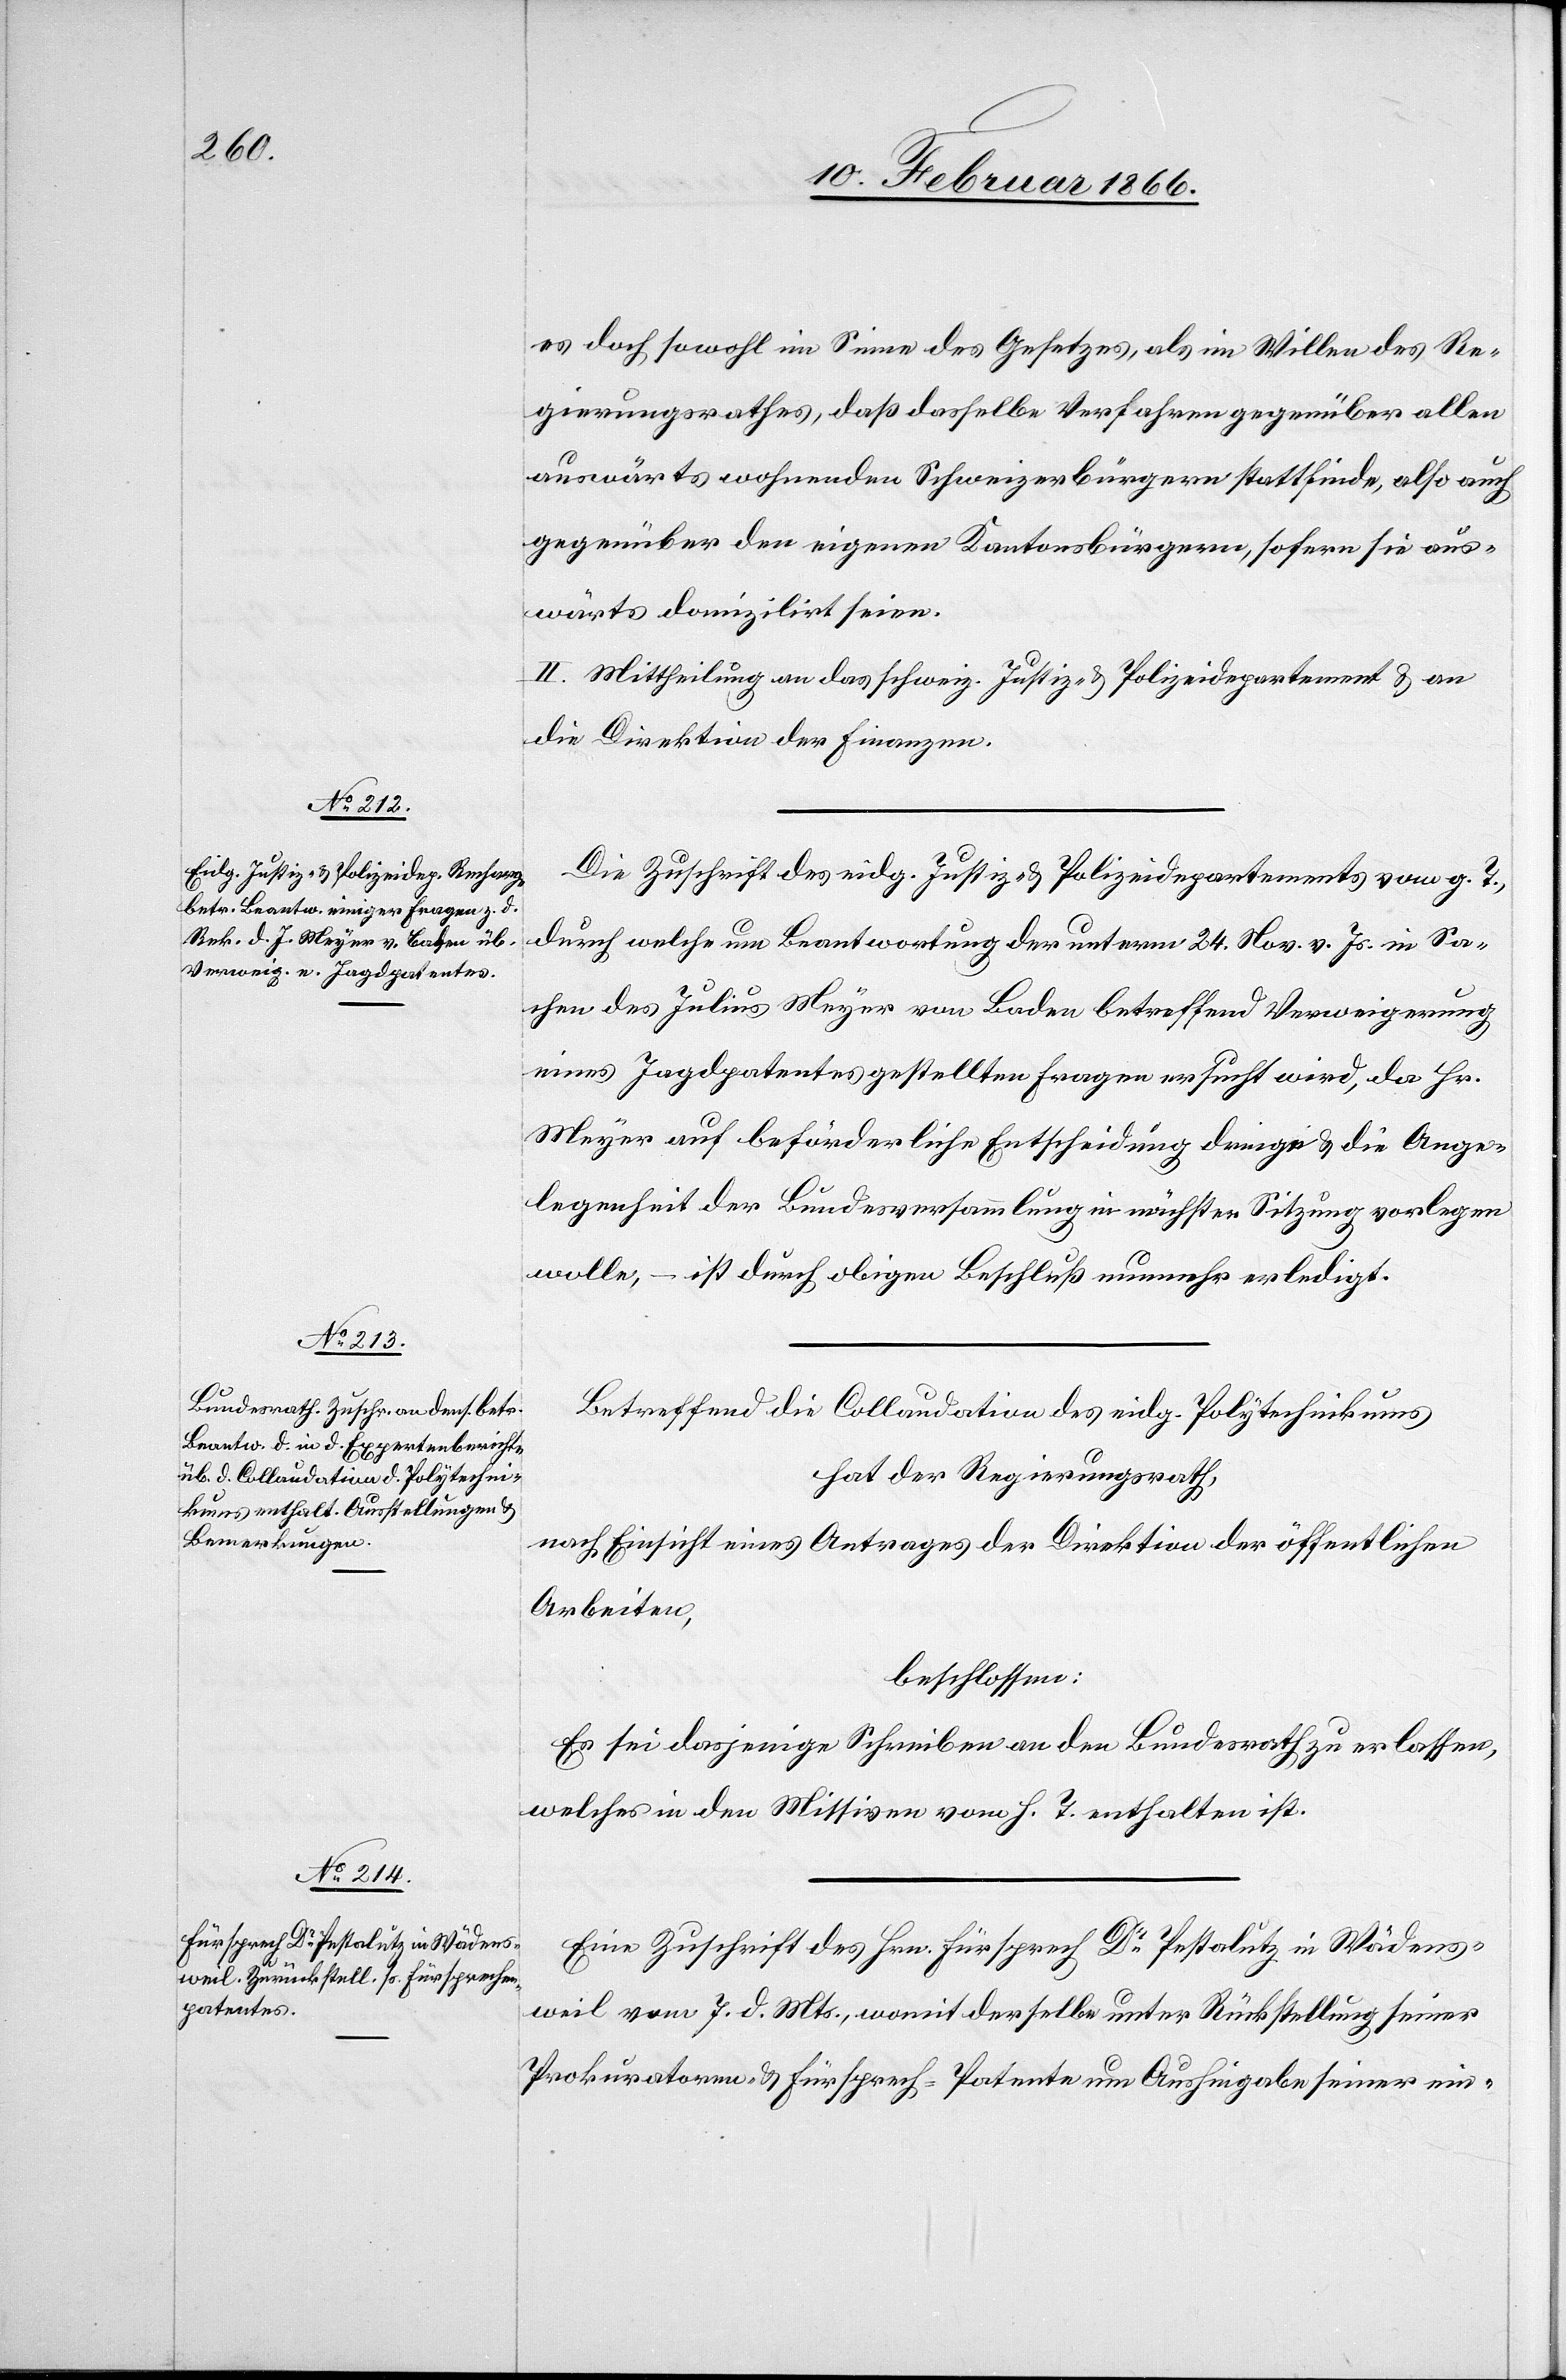
es doch sowohl im Sinne des Gesetzes, als im Willen des Re¬
gierungsrathes, daß dasselbe Verfahren gegenüber allen
auswärts wohnenden Schweizerbürgern stattfinde, also auch
gegenüber den eigenen Kantonsbürgern, sofern sie aus¬
wärts domizilirt seien.
II. Mittheilung an das schweiz. Justiz- u- Polizeidepartement u. an
die Direktion der Finanzen.
Die Zuschrift des eidg. Justiz- u. Polizeidepartements vom g. T.,
durch welche um Beantwortung der unterm 24. Nov. v. Js. in Sa¬
chen des Julius Meyer von Baden betreffend Verweigerung
eines Jagdpatentes gestellten Fragen ersucht wird, da Hr.
Meyer auf beförderliche Ertheilung dringe u. die Ange¬
legenheit der Bundesversammlung in nächster Sitzung vorlegen
wolle. – ist durch obigen Beschluß nunmehr erledigt.
Betreffend die Collaudation des eidg. Polytechnikums
hat der Regierungsrath,
nach Einsicht eines Antrages der Direktion der öffentlichen
Arbeiten,
beschlossen:
Es sei dasjenige Schreiben an den Bundesrath zu erlassen,
welches in den Missiven vom h. T. enthalten ist.
Eine Zuschrift des Hrn. Fürsprech Dr. Pestalutz in Wädens¬
weil vom 7. d. Mts., womit derselbe unter Rückstellung seiner
Prokuratoren- u. Fürsprech-Patente um Aushingabe seiner ein-